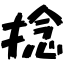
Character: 捻